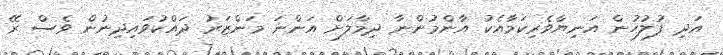
އަދި ފުލުހުން އަނިޔާވެރިކަމާއެކު އާންމުންނާ ދިމާލަށް އަންނަ މަންޒަރު ދައްކުވައިދިނުން ވެސް ރޭ